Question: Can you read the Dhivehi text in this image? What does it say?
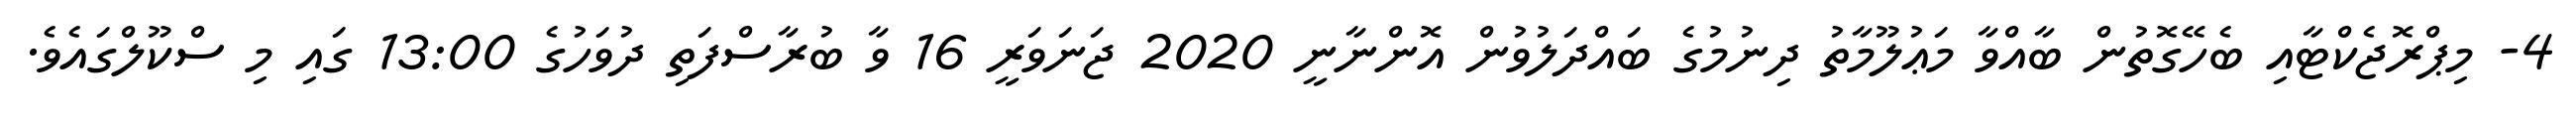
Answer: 4- މިޕްރޮޖެކްޓާއި ބެހޭގޮތުން ބާއްވާ މަޢުލޫމާތު ދިނުމުގެ ބައްދަލުވުން އޮންނާނީ 2020 ޖަނަވަރީ 16 ވާ ބުރާސްފަތި ދުވަހުގެ 13:00 ގައި މި ސްކޫލްގައެވެ.